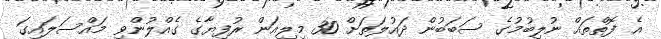
އެ ފޮތްތައް ނުލިބުމުގެ ސަބަބުން ދައުލަތަށް 30 މިލިއަން ރުފިޔާގެ ގެއްލުންވި މައްސަލައިގަ